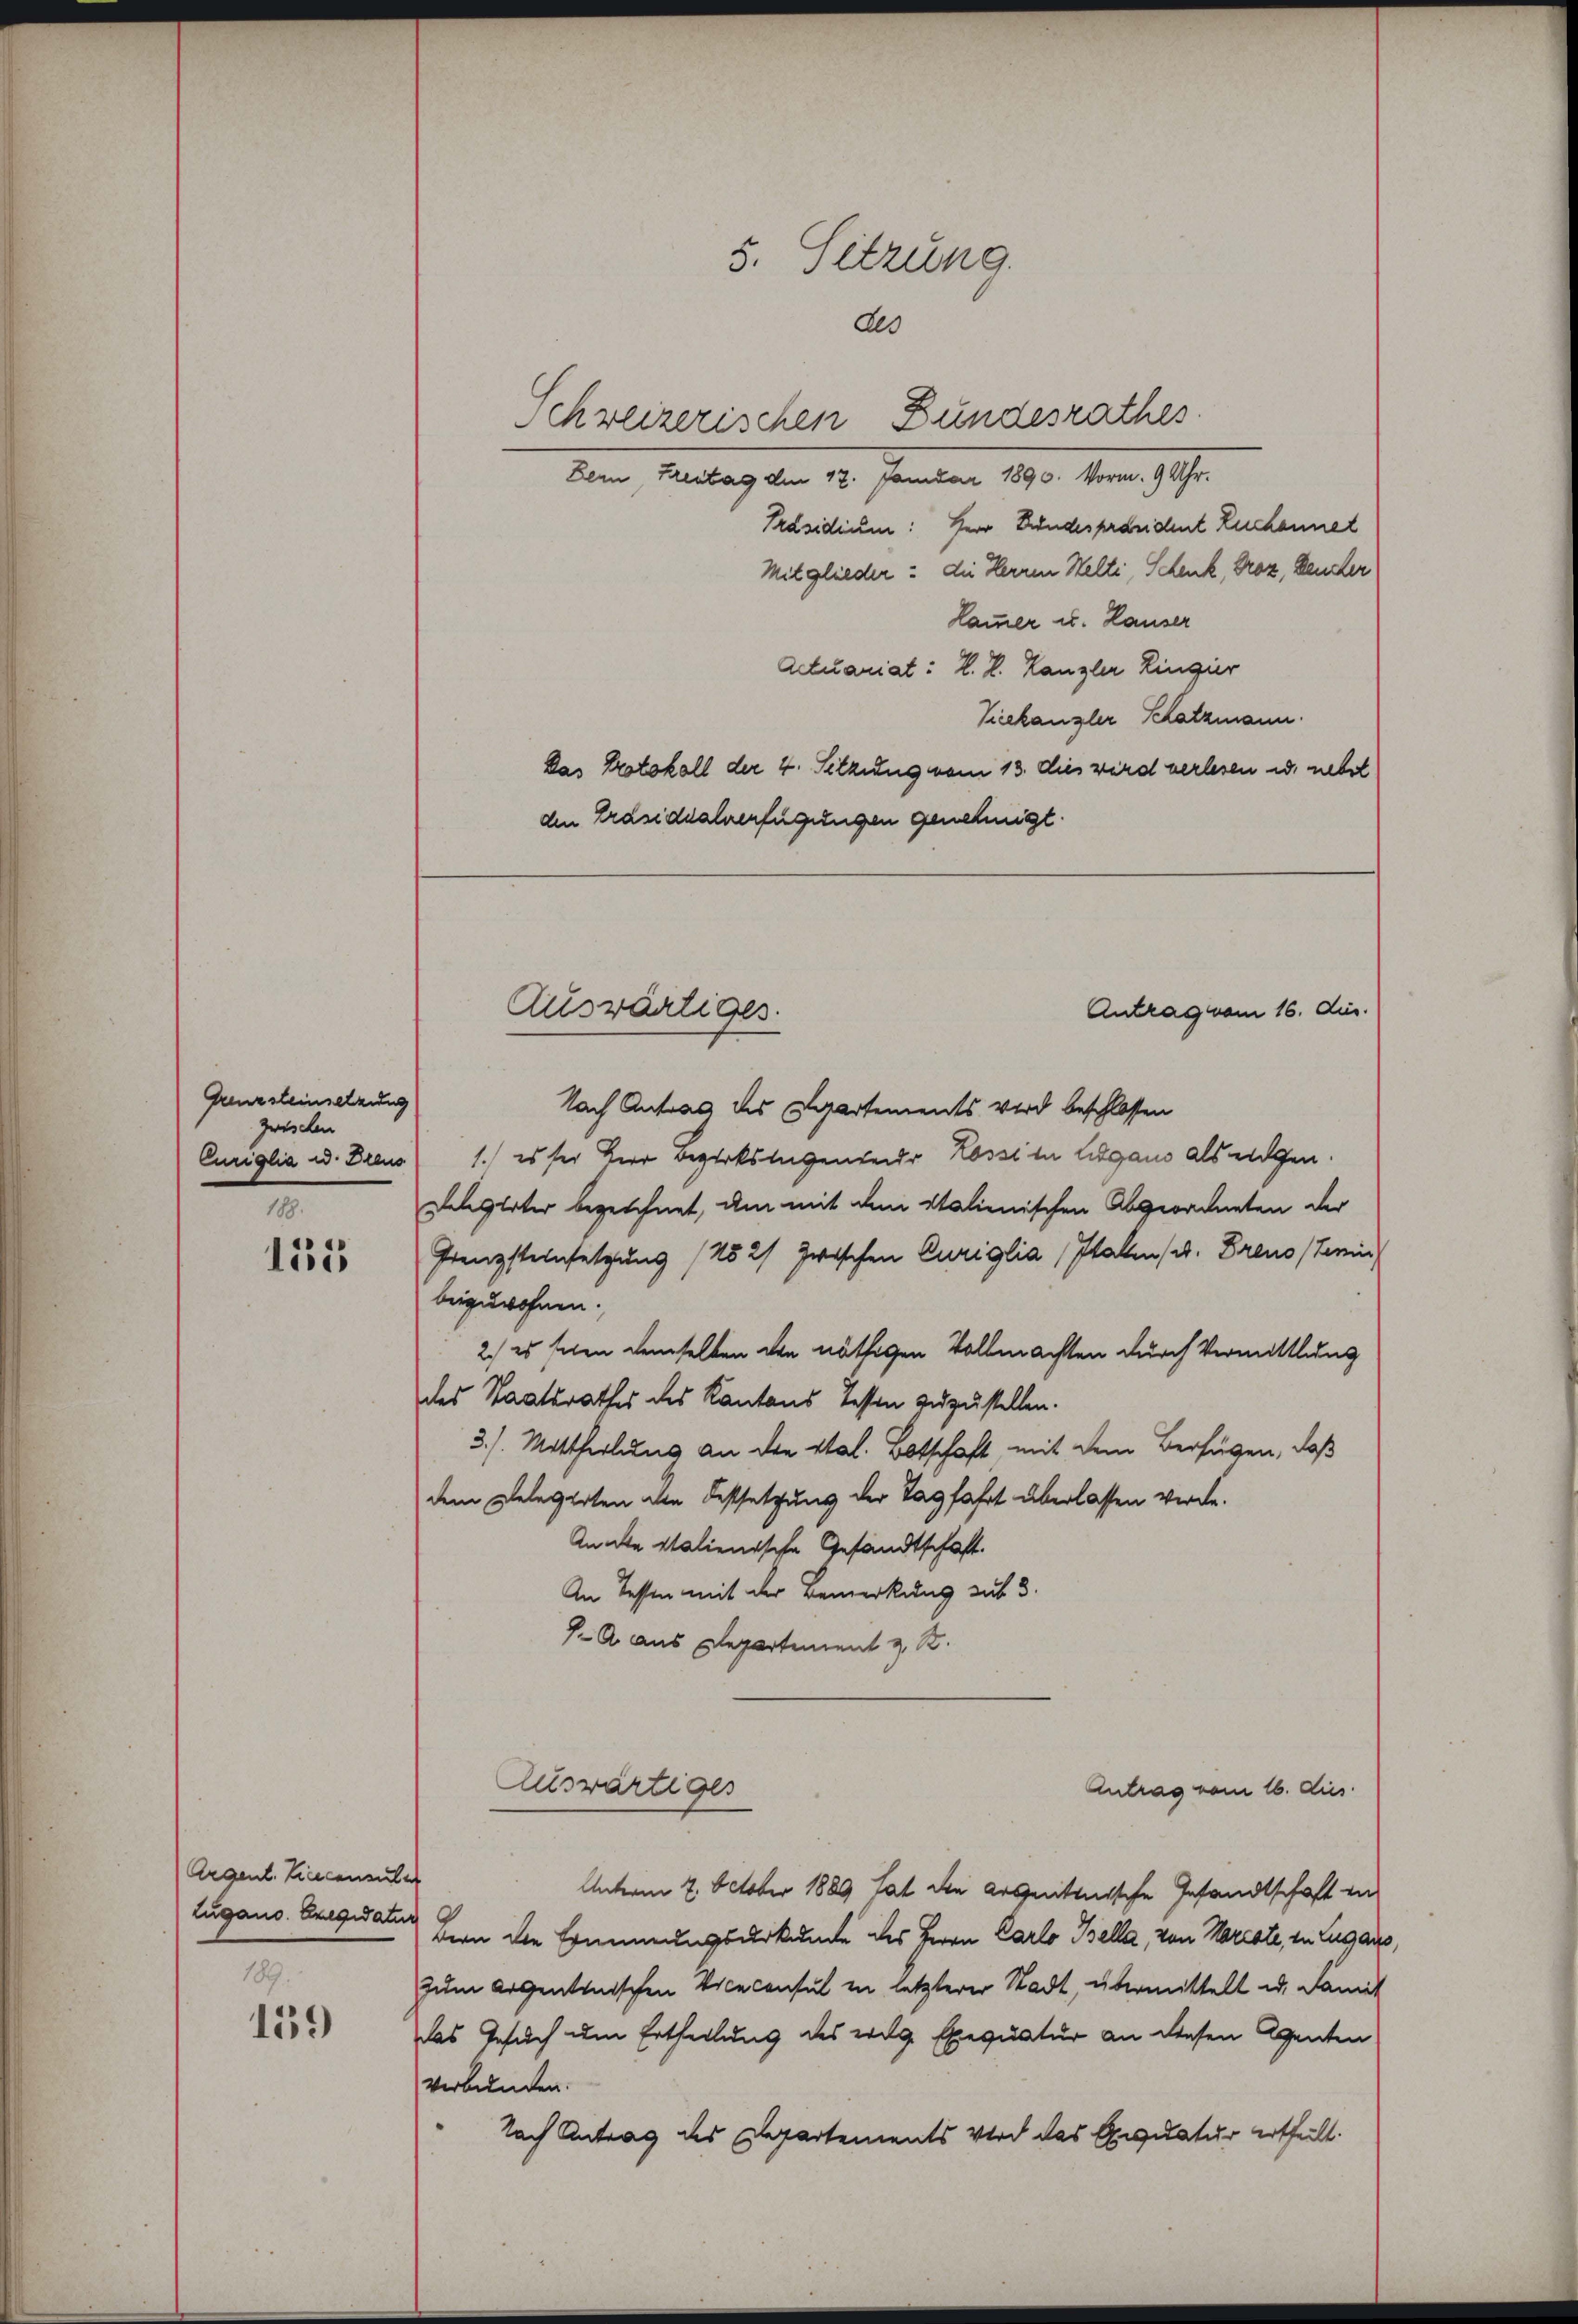
Grenzsteinsetzung
zwischen
Curiglia u. Dreus
188.

155

159

Argent. Liecensüber
Zugano. Exegidatur
189.

5. Sitzung.
des

Schweizerischen Bundesrathes.
Bern, Freitag den 17. Januar 1890. Vorm. 9 Uhr.
Präsidium: Herr Findespräsident Euchannel
Mitglieder: die Herren Welti, Schenk, Droz, Deucher
Lammer u. Hauser
Actuariat: H. H. Kanzler Lingier
Vieekanzler Schatzmann.
Das Protokoll der 4. Silzung vom 13. dies wird verlesen u. nebst
den Präsidialverfügungen genehmigt.

Auswärtiges.
Antrag vom 16. die.

Auswärtiges

Nach Antrag des Departements wird beschlossen
1.) es sei Herr Bezirkslagendeur Lossi in Lugano als wegen.
Zelgerter bezeichnet, um mit dem italienischen Abgeordneten der
Grenzsteinsetzung (152/ zwischen Curiglia, Italen (v. Freusterin,
beizuwohnen.
2.) es seien demselben den nöthigen Vollmachten durch Vermittlung
des Staatsrathes des Kantons Testen zuzustellen.
3.). Mittheilung an die Stal. Botschaft, mit dem Verfügen, daß
dem Delegirten die Festsetzung der Tagfahrt überlassen werde.
Anakte italienische Gesandtschaft.
An Tessin mit der Bemerkung aus 3.
J. A. aus Departement z. B.

Unterm 7. October 1889 hat die argentanische Gesandtschaft in
Bern die Erinnungsurkunde des Herrn Carlo Bella, von Mariate, zu Lugans,
zum Argentonischen Viceconsul in letzterer Stadt, übermittelt u. Fami-
das Gesuch um Ertheilung des eige Exequatur an diesen Agenten
verbunden.
Nach Antrag des Departements Wird das Exequatur ertheilt.

Antrag vom 16. dies